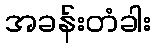
အခန်းတံခါး